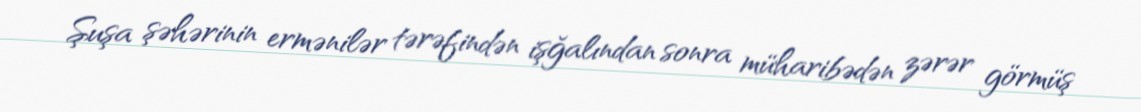
Şuşa şəhərinin ermənilər tərəfindən işğalından sonra müharibədən zərər görmüş